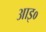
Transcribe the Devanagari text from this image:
आइ०